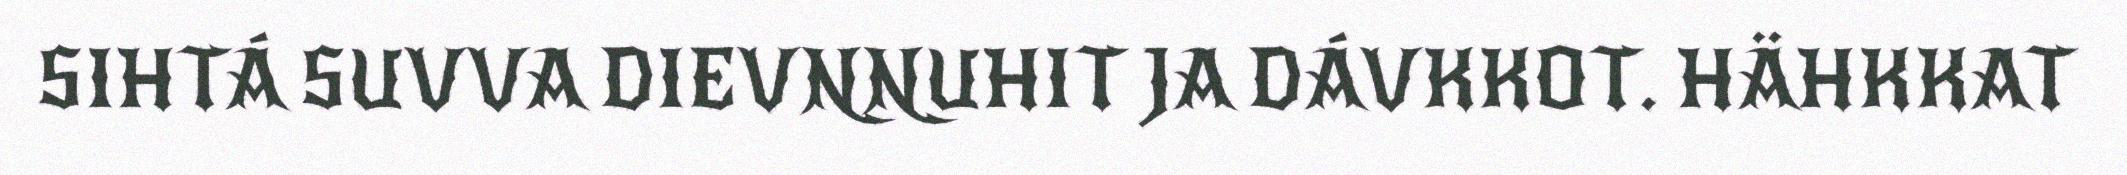
SIHTÁ SUVVA DIEVNNUHIT JA DÁVKKOT. HÄHKKAT